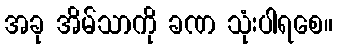
အခု အိမ်သာကို ခဏ သုံးပါရစေ။